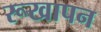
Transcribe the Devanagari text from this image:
रूखापन